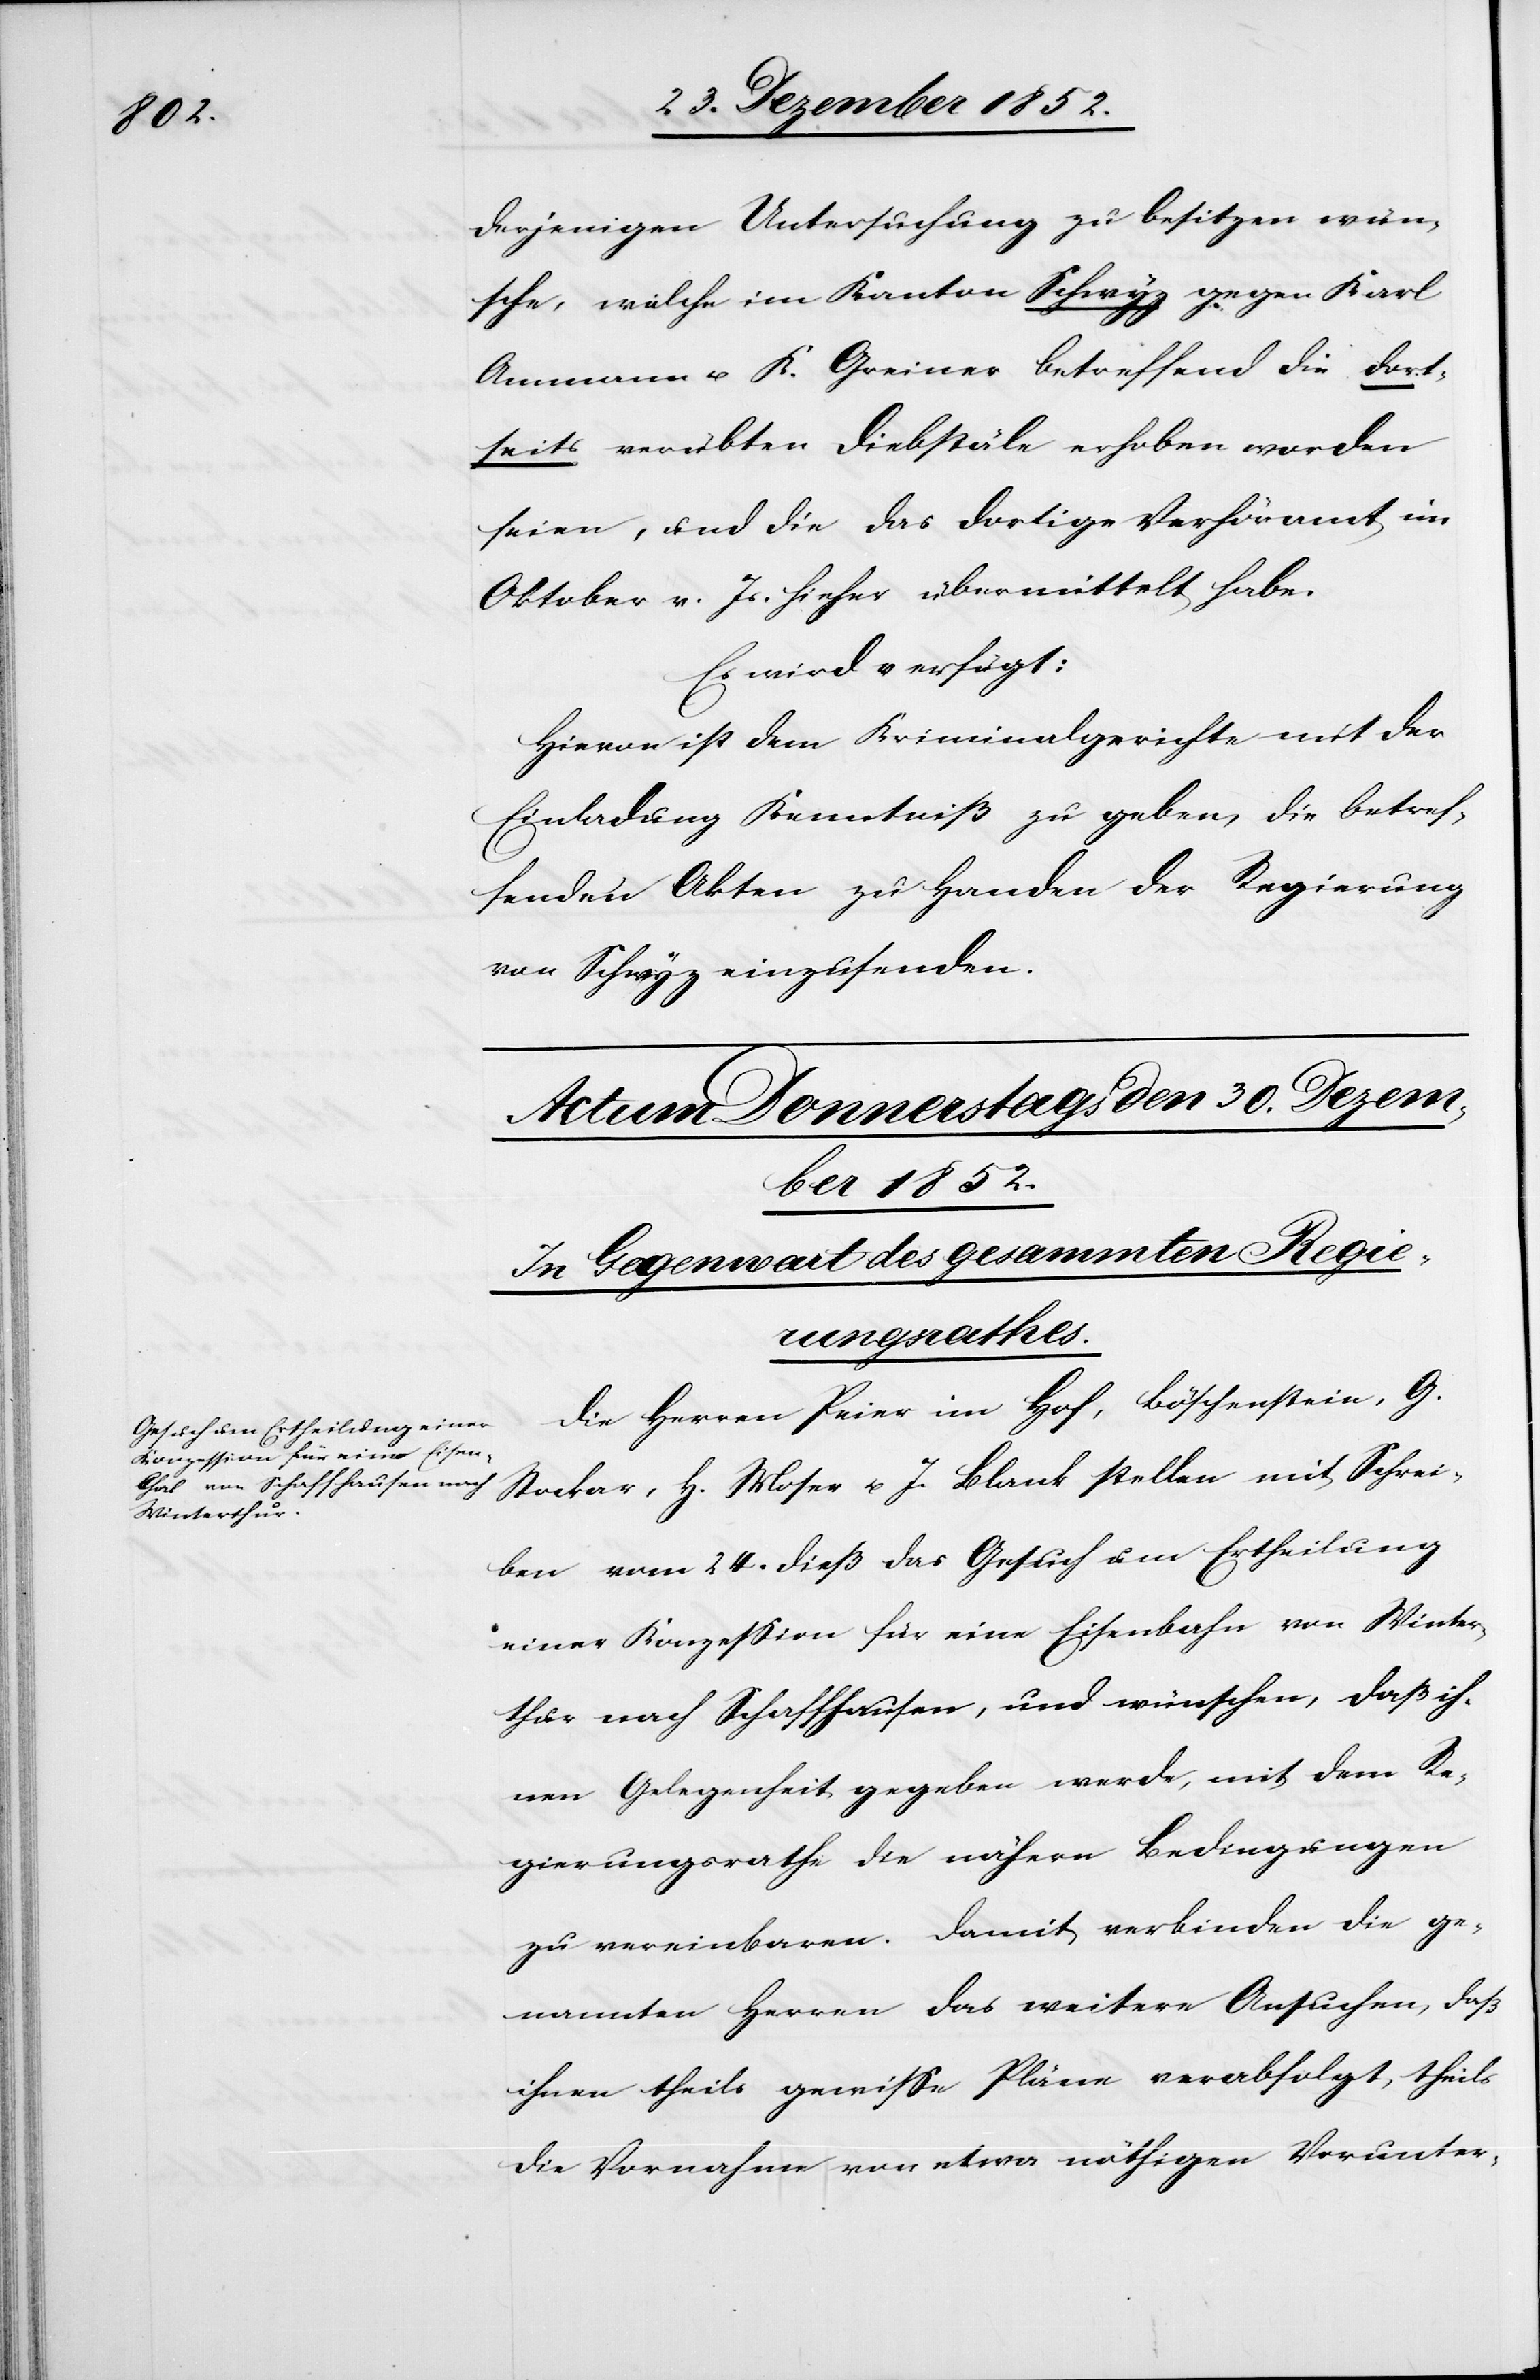
derjenigen Untersuchung zu besitzen wün¬
sche, welche im Kanton Schwyz gegen Karl
Ammann u. K. Greiner betreffend die dort¬
seits verübten Diebstäle erhoben worden
seien, und die das dortige Verhöramt im
Oktober v. Js. hieher übermittelt habe.
Es wird verfügt:
Hievon ist dem Kriminalgerichte mit der
Einladung Kenntniß zu geben, die betref¬
fenden Akten zu Handen der Regierung
von Schwyz einzusenden.
Die Herren Peier im Hof, Böschenstein, G.
Stockar, H. Moser u. J. Blank stellen mit Schrei¬
ben vom 24. dieß das Gesuch um Ertheilung
einer Konzession für eine Eisenbahn von Winter¬
thur nach Schaffhausen, und wünschen, daß ih¬
nen Gelegenheit gegeben werde, mit dem Re¬
gierungsrathe die nähern Bedingungen
zu vereinbaren. Damit verbinden die ge¬
nannten Herren das weitere Ansuchen, daß
ihnen theils gewisse Pläne verabfolgt, theils
die Vornahme von etwa nöthigen Vorunter-